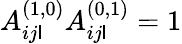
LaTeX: A_{ij\mathsf{l}}^{(1,0)}A_{ij\mathsf{l}}^{(0,1)}=1